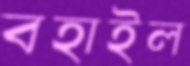
বহাইল